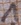
Text: 1